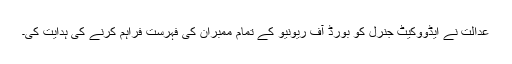
عدالت نے ایڈووکیٹ جنرل کو بورڈ آف ریونیو کے تمام ممبران کی فہرست فراہم کرنے کی ہدایت کی۔